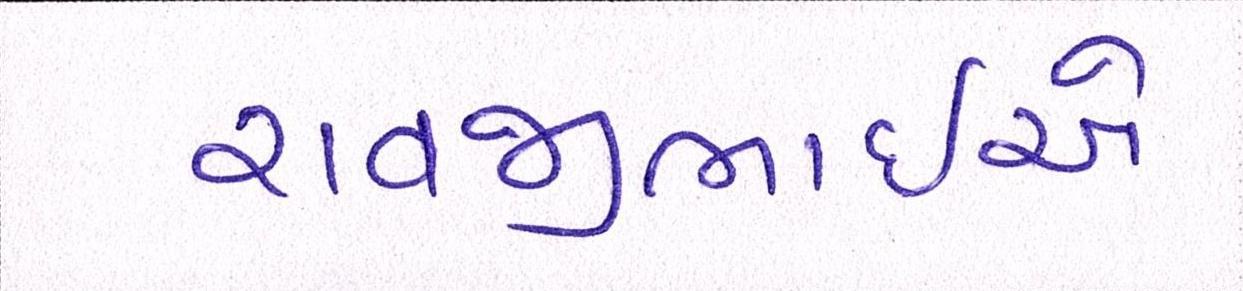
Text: રાવજીભાઈએ